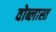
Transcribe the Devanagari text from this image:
वोब्लास्त